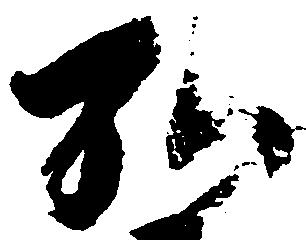
弘